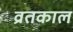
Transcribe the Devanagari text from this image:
व्रतकाल